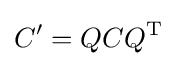
C'=QCQ^{\operatorname {T} }